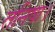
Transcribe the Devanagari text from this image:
तनिषा।